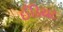
ઈડિયટ